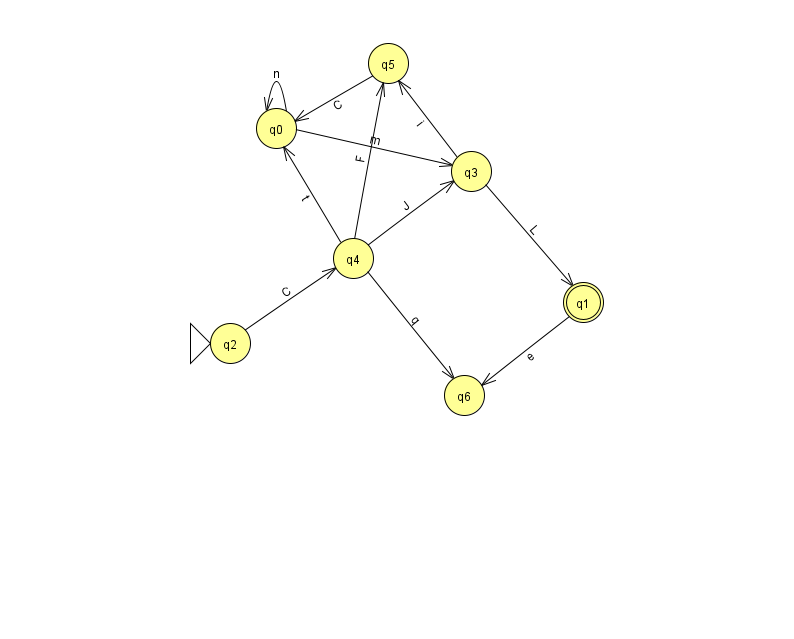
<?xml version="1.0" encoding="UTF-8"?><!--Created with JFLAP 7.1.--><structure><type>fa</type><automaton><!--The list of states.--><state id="0" name="q0"><x>276.0</x><y>115.0</y></state><state id="1" name="q1"><x>583.0</x><y>289.0</y><final/></state><state id="2" name="q2"><x>230.0</x><y>330.0</y><initial/></state><state id="3" name="q3"><x>471.0</x><y>158.0</y></state><state id="4" name="q4"><x>353.0</x><y>245.0</y></state><state id="5" name="q5"><x>388.0</x><y>50.0</y></state><state id="6" name="q6"><x>464.0</x><y>382.0</y></state><!--The list of transitions.--><transition><from>4</from><to>6</to><read>q</read></transition><transition><from>5</from><to>0</to><read>C</read></transition><transition><from>4</from><to>3</to><read>J</read></transition><transition><from>1</from><to>6</to><read>e</read></transition><transition><from>3</from><to>1</to><read>L</read></transition><transition><from>3</from><to>5</to><read>i</read></transition><transition><from>0</from><to>3</to><read>m</read></transition><transition><from>2</from><to>4</to><read>C</read></transition><transition><from>4</from><to>0</to><read>t</read></transition><transition><from>4</from><to>5</to><read>F</read></transition><transition><from>0</from><to>0</to><read>n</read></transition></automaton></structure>